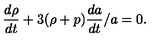
{ \frac { d \rho } { d t } } + 3 ( \rho + p ) { \frac { d a } { d t } } / a = 0 .